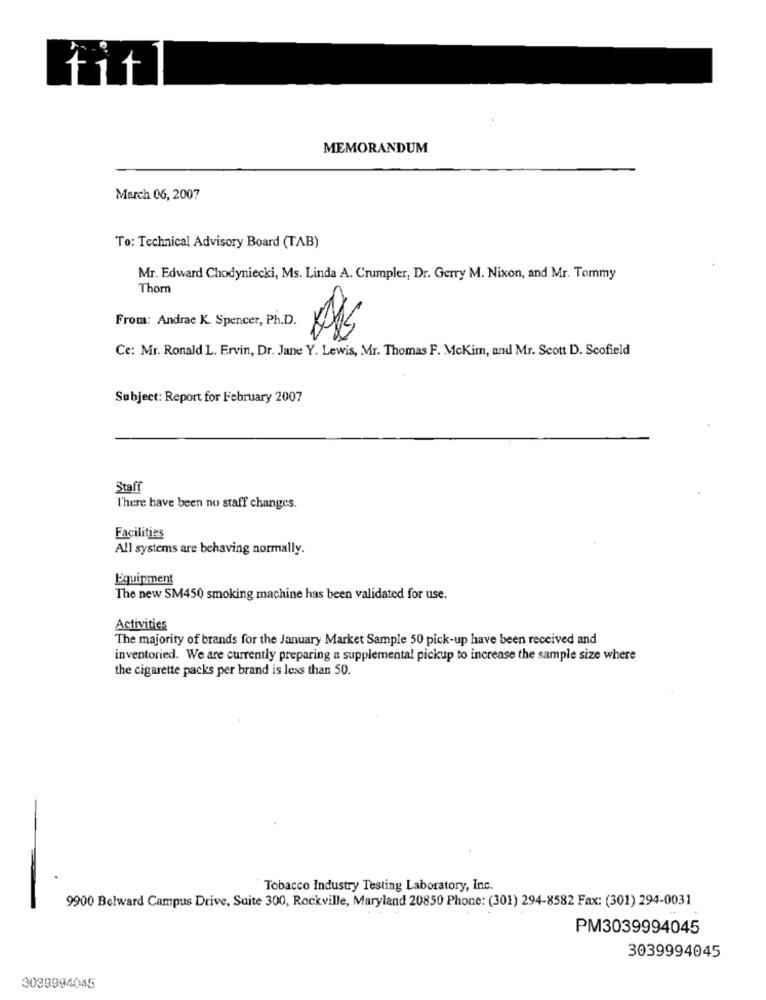
tit
MEMORANDUM
March 06, 2007
To: Technical Advisory Board (TAB)
Mr. Edward Chodyniecki, Ms. Linda A. Crumpler, Dr. Gerry M. Nixon, and Mr. Tommy
Thorn
From: Andrae K. Spencer, Ph.D.
Ce: Mr. Ronald L. Ervin, Dr. Jane Y. Lewis, Mr. Thomas F. McKim, and Mr. Scott D. Scofield
Subject: Report for February 2007
Staff
There have been no staff changes.
Facilities
All systems are behaving normally.
Equipment
The new SM450 smoking machine has been validated for use.
Activities
The majority of brands for the January Market Sample 50 pick-up have been received and
inventoried. We are currently preparing a supplemental pickup to increase the sample size where
the cigarette packs per brand is less than 50.
Tobacco Industry Testing Laboratory, Inc.
9900 Belward Campus Drive, Suite 300, Rockville, Maryland 20850 Phone: (301) 294-8582 Fax: (301) 294-0031
PM3039994045
3039994045
3039994045